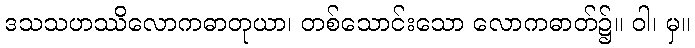
ဒသသဟဿိလောကဓာတုယာ၊ တစ်သောင်းသော လောကဓာတ်၌။ ဝါ၊ မှ။